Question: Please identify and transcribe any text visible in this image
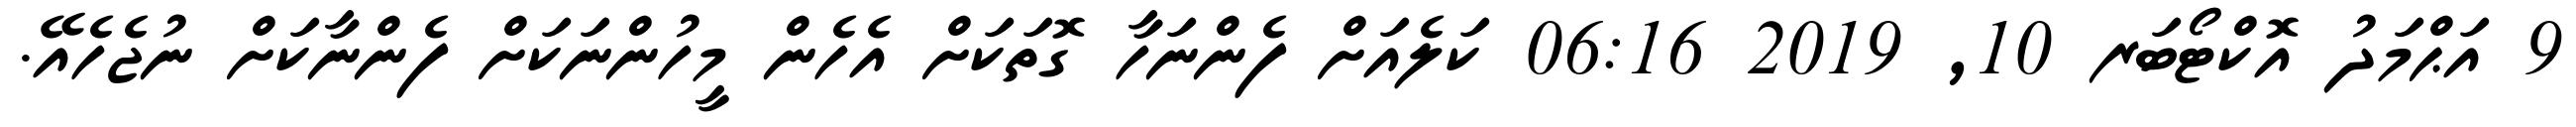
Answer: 9 އަޙްމަދު އޮކްޓޯބަރ 10, 2019 06:16 ކަލެއަށް ފެންނަހާ ގޮތަކަށް އެހެން މީހުންނަކަށް ފެންނާކަށް ނުޖެހެއޭ.